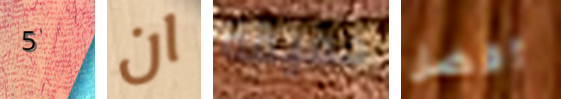
5 ان حقيقة أفضل